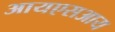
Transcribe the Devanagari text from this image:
आयएसआय